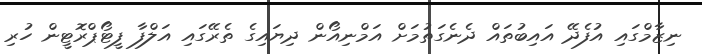
ނިޒާމްގައި އުފެދޭ އައިބުތައް ދެނެގަތުމަށް އަމްނިއޯން ދިޔައިގެ ތެރޭގައި އަލްފާ ފީޓޯޕްރޮޓީން ހުރި